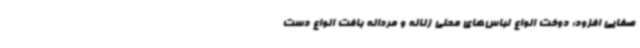
صفایی افزود: دوخت انواع لباس‌های محلی زنانه و مردانه بافت انواع دست